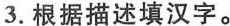
3.根据描述填汉字。